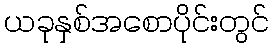
ယခုနှစ်အစောပိုင်းတွင်